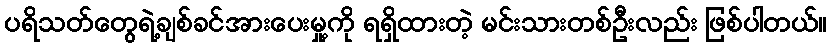
ပရိသတ်တွေရဲ့ချစ်ခင်အားပေးမှု့ကို ရရှိထားတဲ့ မင်းသားတစ်ဦးလည်း ဖြစ်ပါတယ်။